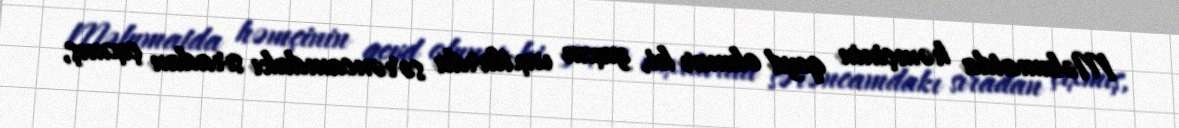
Məlumatda həmçinin qeyd olunur ki, yaxın vaxtlarda sərəncamdakı sıradan çıxmış,